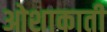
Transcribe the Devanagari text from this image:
ओशाकाती